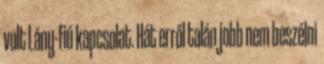
volt Lány-fiú kapcsolat. Hát erről talán jobb nem beszélni